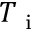
T \textsubscript { i }